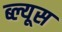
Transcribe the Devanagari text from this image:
ब्ल्यूस